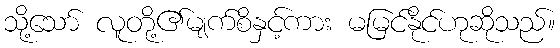
သို့သော် လူတို့၏မျက်စိနှင့်ကား မမြင်နိုင်ဟုဆိုသည်။